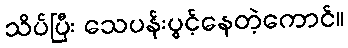
သိပ်ပြီး သေပန်းပွင့်နေတဲ့ကောင်။